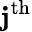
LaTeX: \mathbf{j}^{\mathrm{{th}}}